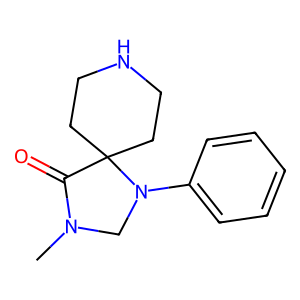
SMILES: CN1CN(c2ccccc2)C2(CCNCC2)C1=O
Inhibits HIV replication: No